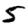
Digit: 5